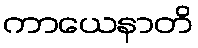
ကာယေနာတိ